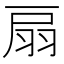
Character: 扇